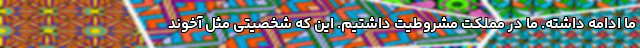
ما ادامه داشته. ما در مملکت مشروطیت داشتیم. این که شخصیتی مثل آخوند